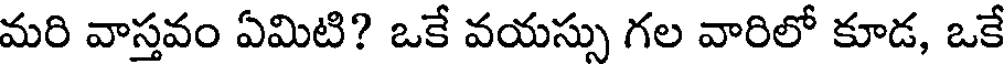
మరి వాస్తవం ఏమిటి? ఒకే వయస్సు గల వారిలో కూడ, ఒకే